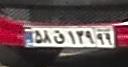
۵۸ق۱۳۹۹۹